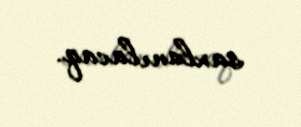
saxlanılacaq.